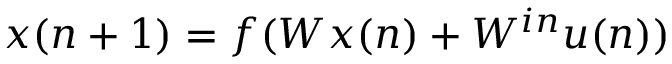
x ( n + 1 ) = f ( W x ( n ) + W ^ { i n } u ( n ) )